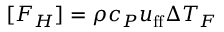
[ F _ { H } ] = \rho c _ { P } u _ { \mathrm { f f } } \Delta T _ { F }